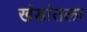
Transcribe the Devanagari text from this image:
खंडांतला